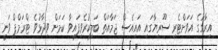
އިރާގުގެ އަވަށްޓެރި ސޫރިޔާގައި އައިއެސް ޖަމާއަތް ބަލިކުރެވިފައިވާ ކަމަށް ވިދާޅުވެ ޓްރަމްޕް ވަނީ